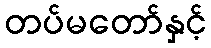
တပ်မတော်နှင့်